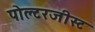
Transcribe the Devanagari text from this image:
पोल्टरजीस्ट